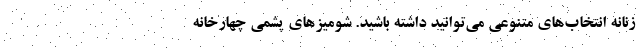
زنانه انتخاب‌های متنوعی می‌توانید داشته باشید. شومیزهای پشمی چهارخانه